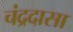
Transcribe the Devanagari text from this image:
चंद्रदासा